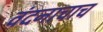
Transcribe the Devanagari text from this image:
वंदनाचाच